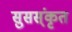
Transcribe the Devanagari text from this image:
सुसस्ंकृत